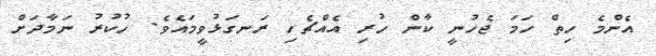
އެންމެ ހިތް ހަމަ ޖެހުނީ ކާން ހުރި އެއްޗެހި ރަނގަޅުވީމައެވެ. ހުކުރު ނަމާދަށް